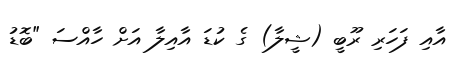
އާއި ފަހަރި ރޫބީ (ޝީލާ) ގެ ކުޑަ އާއިލާ އަށް ހާއްސަ "ބޮޑު